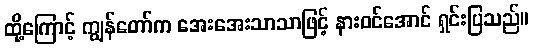
ထို့ကြောင့် ကျွန်တော်က အေးအေးသာသာဖြင့် နားဝင်အောင် ရှင်းပြသည်။